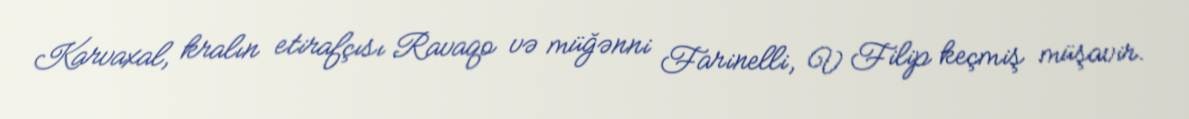
Karvaxal, kralın etirafçısı Ravaqo və müğənni Farinelli, V Filip keçmiş müşavir.